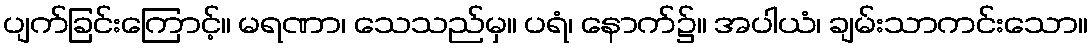
ပျက်ခြင်းကြောင့်။ မရဏာ၊ သေသည်မှ။ ပရံ၊ နောက်၌။ အပါယံ၊ ချမ်းသာကင်းသော။